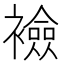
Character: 襝